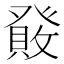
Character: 𤼹